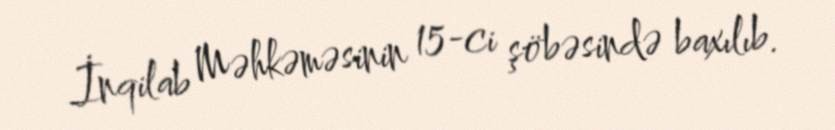
İnqilab Məhkəməsinin 15-ci şöbəsində baxılıb.